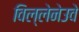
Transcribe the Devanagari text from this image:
विल्लेनेउवे